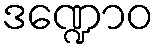
ဒဏ္ဍောဝ